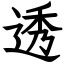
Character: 透